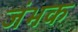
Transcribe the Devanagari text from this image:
जंभक